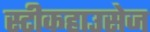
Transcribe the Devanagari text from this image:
स्टीकहाउसेज